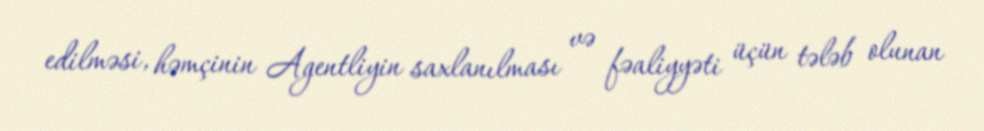
edilməsi, həmçinin Agentliyin saxlanılması və fəaliyyəti üçün tələb olunan